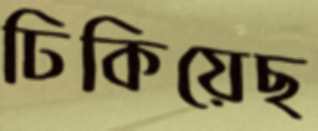
ঢিকিয়েছ